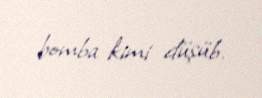
bomba kimi düşüb.